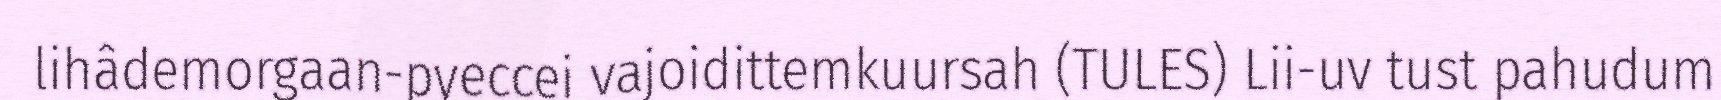
lihâdemorgaan-pyeccei vajoidittemkuursah (TULES) Lii-uv tust pahudum